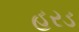
હરડ